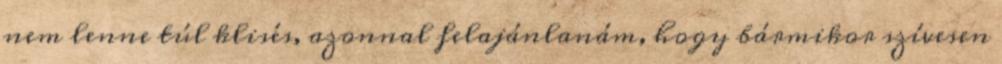
nem lenne túl klisés, azonnal felajánlanám, hogy bármikor szívesen